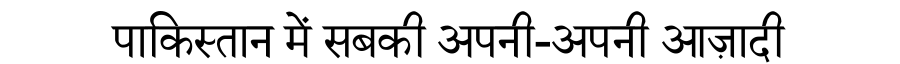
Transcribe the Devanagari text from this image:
पाकिस्तान में सबकी अपनी-अपनी आज़ादी